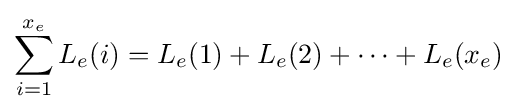
\sum _{i=1}^{x_{e}}L_{e}(i)=L_{e}(1)+L_{e}(2)+\cdots +L_{e}(x_{e})